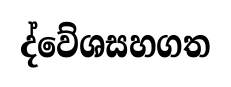
ද්වේශසහගත